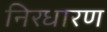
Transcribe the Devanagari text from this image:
निरधारण